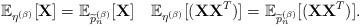
LaTeX: \begin{align*}\mathbb{E}_{\eta^{(\beta)}}[\textbf{X}] = \mathbb{E}_{\widetilde{p}_n^{(\beta)}}[{\bf{X}}]~~~ \mathbb{E}_{\eta^{(\beta)}}[(\textbf{X}\textbf{X}^T)]=\mathbb{E}_{\widetilde{p}_n^{(\beta)}}[(\textbf{X}\textbf{X}^T)].\end{align*}